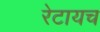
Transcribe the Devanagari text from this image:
रेटायच